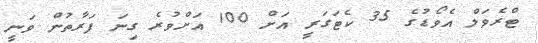
ޓްރެވަލް އެވޯޑުގެ 35 ކެޓަގަރީ އަށް 100 އަށްވުރެ ގިނަ ފަރާތުން ވަނީ